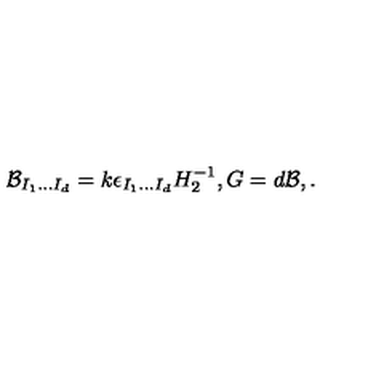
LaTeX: { \cal B } _ { I _ { 1 } . . . I _ { d } } = k \epsilon _ { I _ { 1 } . . . I _ { d } } H _ { 2 } ^ { - 1 } , G = d { \cal B } , .